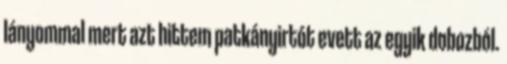
lányommal mert azt hittem patkányirtót evett az egyik dobozból.